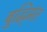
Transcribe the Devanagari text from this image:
बुद्धि्मंत